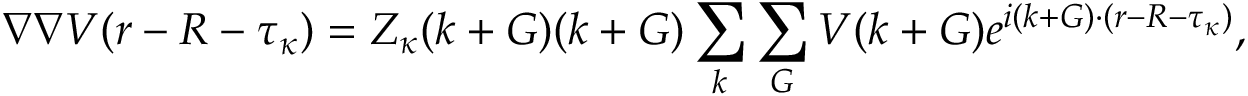
\nabla \nabla V ( \boldsymbol { r } - \boldsymbol { R } - \boldsymbol { \tau } _ { \kappa } ) = Z _ { \kappa } ( \boldsymbol { k } + \boldsymbol { G } ) ( \boldsymbol { k } + \boldsymbol { G } ) \sum _ { \boldsymbol { k } } \sum _ { \boldsymbol { G } } V ( \boldsymbol { k } + \boldsymbol { G ) } e ^ { i ( \boldsymbol { k } + \boldsymbol { G } ) \cdot ( \boldsymbol { r } - \boldsymbol { R } - \boldsymbol { \tau } _ { \kappa } ) } ,